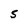
Character: 5